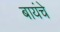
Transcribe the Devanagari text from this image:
बायंचे